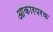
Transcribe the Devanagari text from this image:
आकारपरक